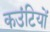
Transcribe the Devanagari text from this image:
कउंटियों